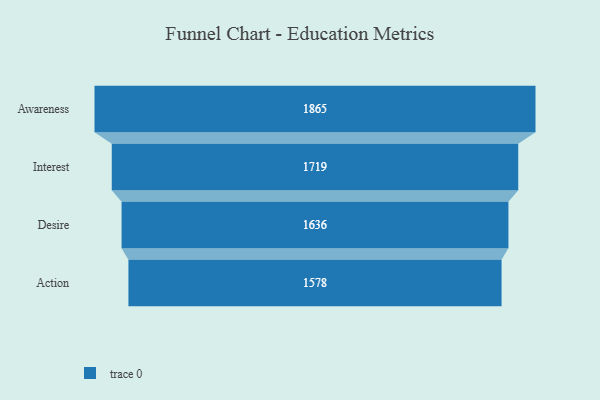
{"axis": {"x": "Stage", "y": "Value"}, "legend": [""], "data": [{"x": "Awareness", "y": 1865.0, "type": ""}, {"x": "Interest", "y": 1719.0, "type": ""}, {"x": "Desire", "y": 1636.0, "type": ""}, {"x": "Action", "y": 1578.0, "type": ""}]}